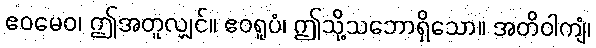
ဧဝမေဝ၊ ဤအတူလျှင်။ ဧဝရူပံ၊ ဤသို့သဘောရှိသော။ အတိဝါကျံ၊